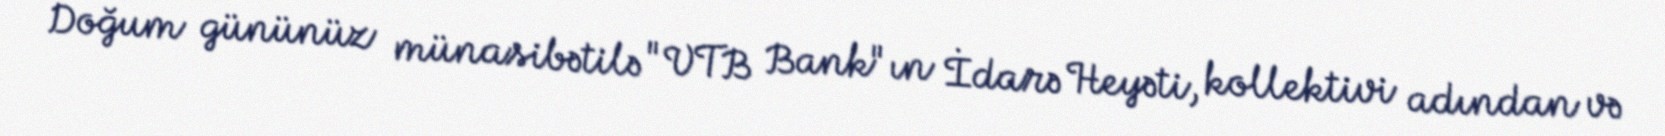
Doğum gününüz münasibətilə "VTB Bank"ın İdarə Heyəti, kollektivi adından və